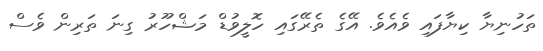
ތަހުނިޔާ ކިޔާފައި ވެއެވެ. އޭގެ ތެރޭގައި ހޮލީވުޑް މަޝްހޫރު ގިނަ ތަރިން ވެސް